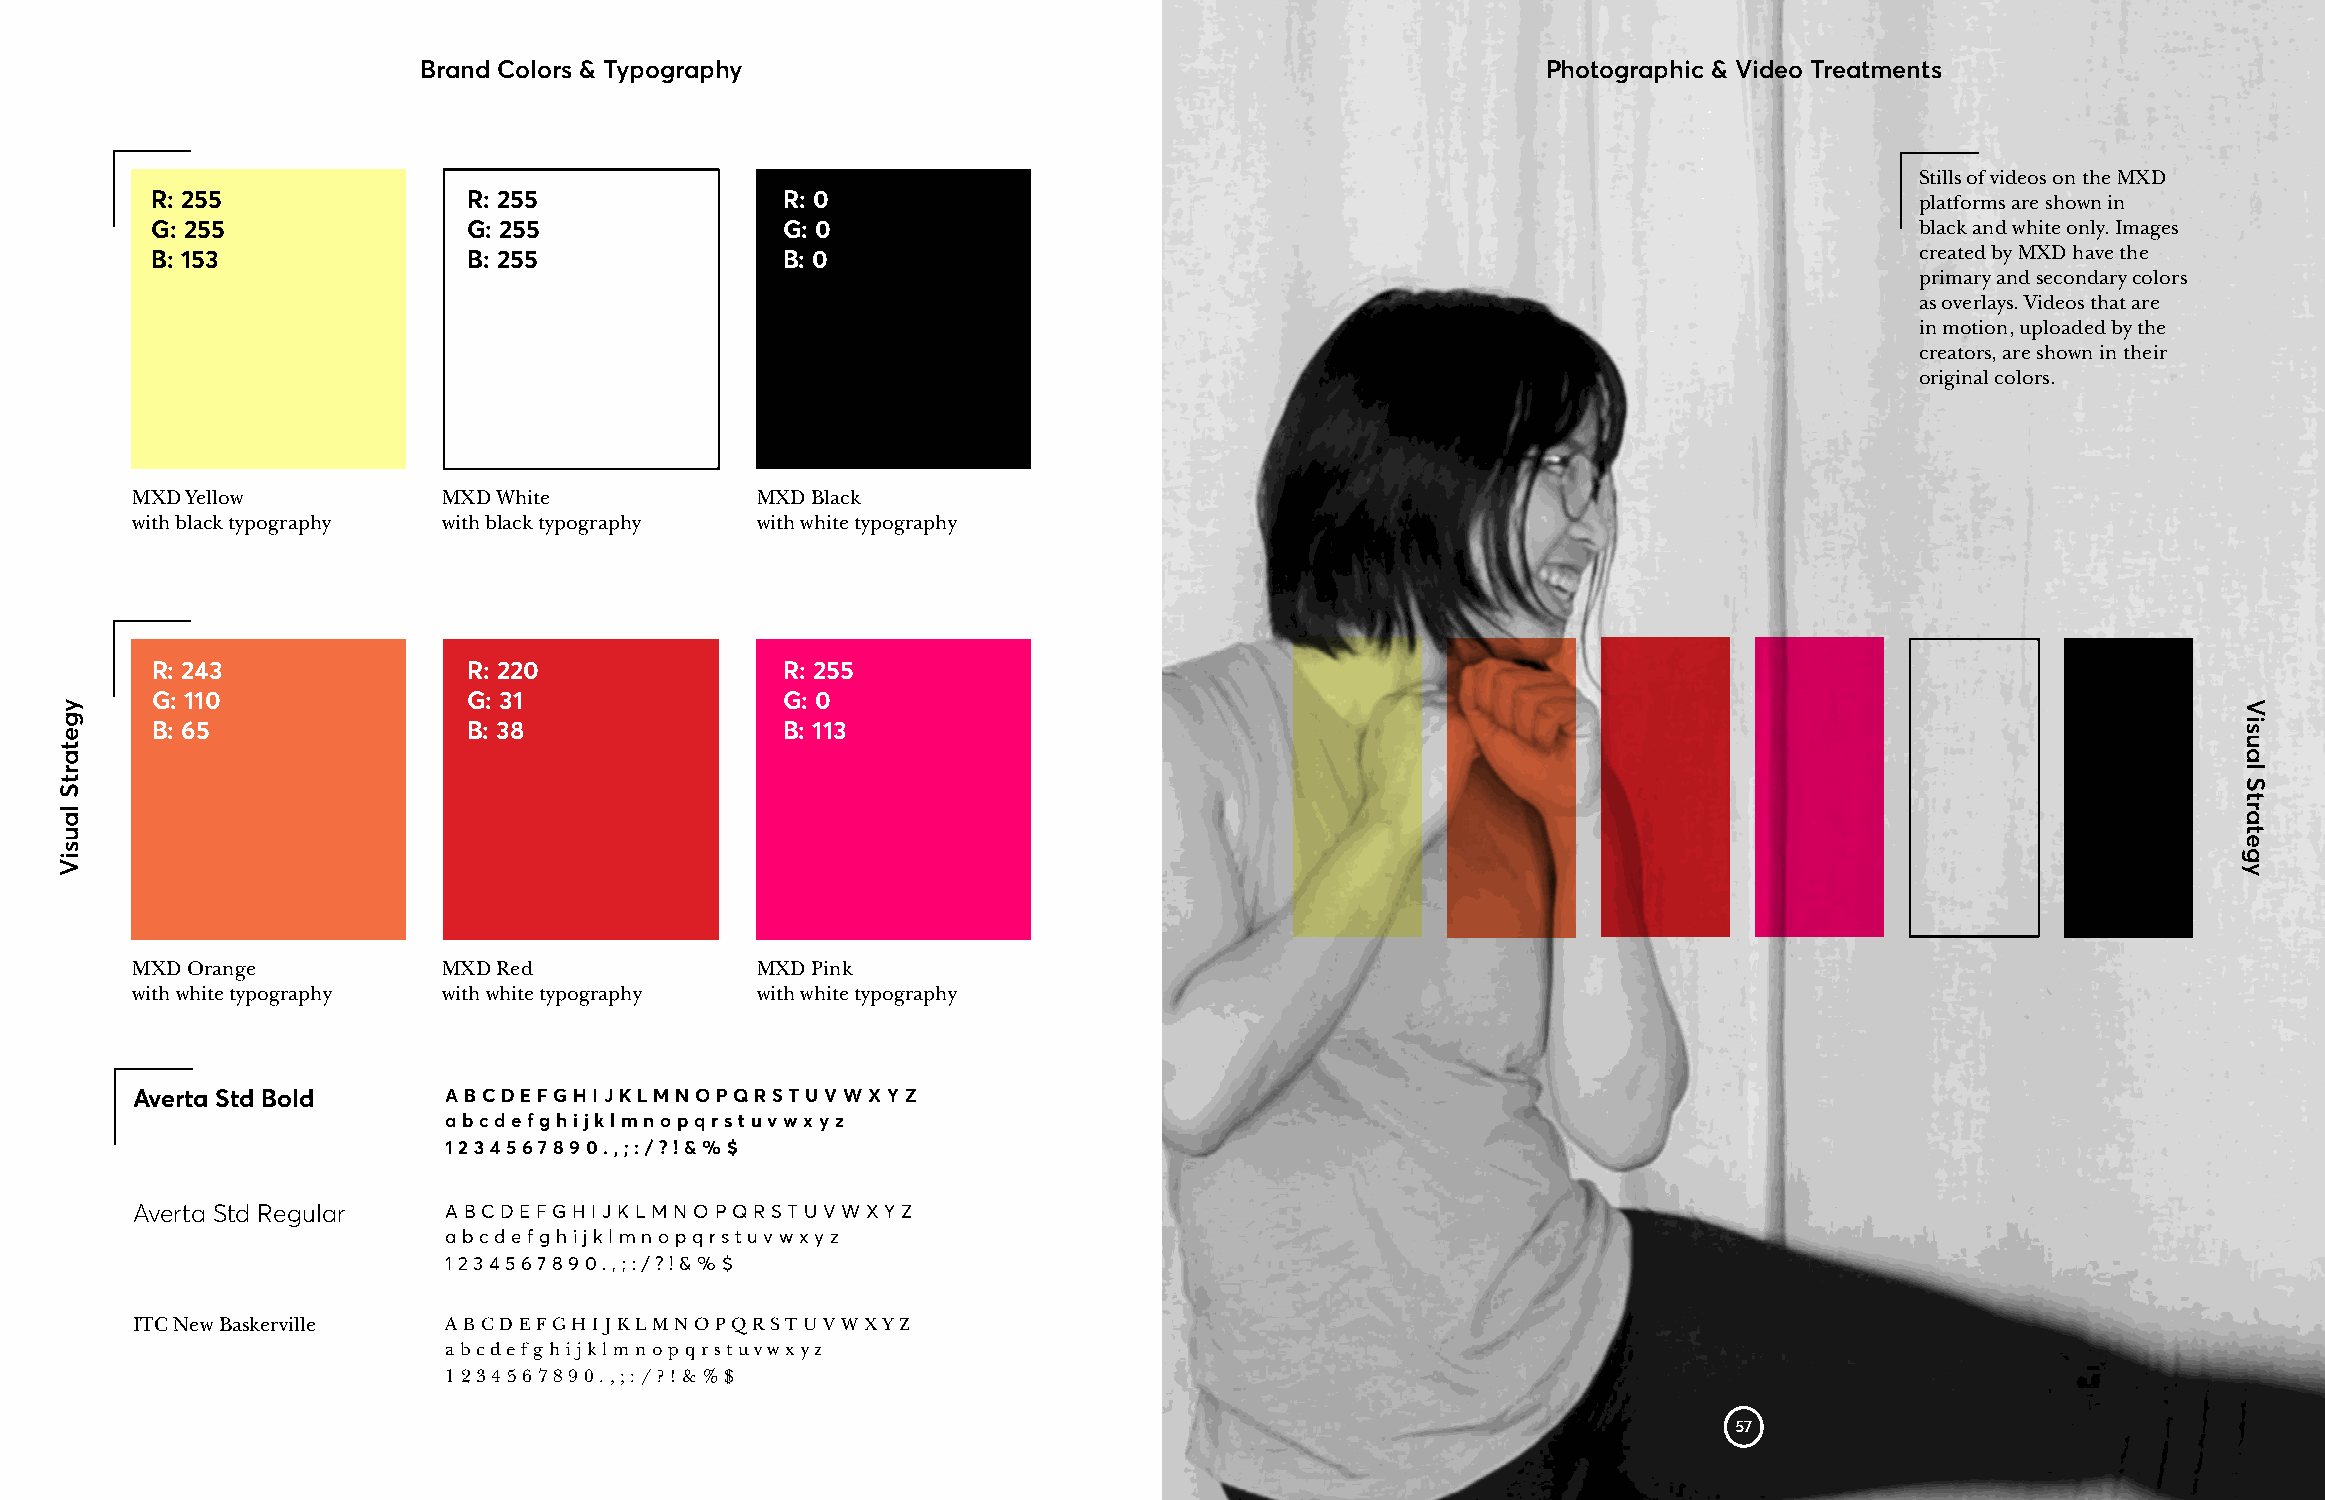
Brand Colors & Typography                                                 Photographic & Video Treatments
 Stills of videos on the MXD
 R: 255               R: 255               R: 0                                                                       platforms are shown in
 G: 255               G: 255               G: 0                                                                       black and white only. Images
 B: 153               B: 255               B: 0                                                                       created by MXD have the
 primary and secondary colors
 as overlays. Videos that are
 in motion, uploaded by the
 creators, are shown in their
 original colors.
 MXD Yellow          MXD White            MXD Black
 with black typography with black typography with white typography
 R: 243               R: 220               R: 255
 G: 110               G: 31                G: 0
 B: 65                B: 38                B: 113
 MXD Orange          MXD Red              MXD Pink
 with white typography with white typography with white typography
 Averta Std Bold     ABCDEFGHIJKLMNOPQRSTUVWXYZ
 abcdefghijklmnopqrstuvwxyz
 1234567890.,;:/?!&%$
 Averta Std Regular  ABCDEFGHIJKLMNOPQRSTUVWXYZ
 abcdefghijklmnopqrstuvwxyz
 1234567890.,;:/?!&%$
 ITC New Baskerville ABCDEFGHIJKLMNOPQRSTUVWXYZ
 abcdefghijklmnopqrstuvwxyz
 1234567890.,;:/?!&%$
 57
 ygetartS
 lausiV
 Visual
 Strategy